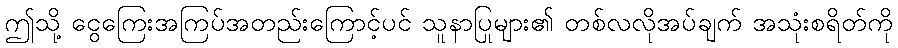
ဤသို့ ငွေကြေးအကြပ်အတည်းကြောင့်ပင် သူနာပြုများ၏ တစ်လလိုအပ်ချက် အသုံးစရိတ်ကို